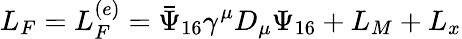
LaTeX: L_{F}=L_{F}^{(e)}=\bar{\Psi}_{16}\gamma^{\mu}D_{\mu}\Psi_{16}+L_{M}+L_{x}